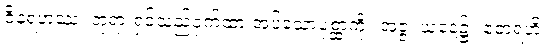
ဇိနရဟဿံ၊ ဘုရားရှင်သည်ဝှက်ထားအပ်သောပုစ္ဆာကို။ အဇ္ဇ၊ ယနေ့၌။ ဧတရဟိ၊